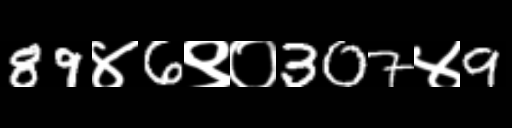
Text: 89४6९०307४9